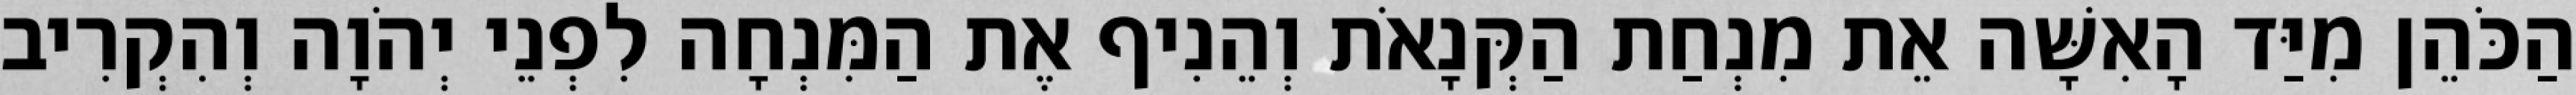
הַכֹּהֵן מִיַּד הָאִשָּׁה אֵת מִנְחַת הַקְּנָאֹת וְהֵנִיף אֶת הַמִּנְחָה לִפְנֵי יְהֹוָה וְהִקְרִיב